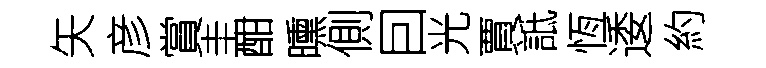
矢彦賞圭酣曛側囙光賈詆恆逶約